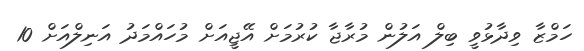
ހަމްޒާ ވިދާޅުވީ ބިލް އަލުން މުރާޖާ ކުރުމަށް އޭޖީއަށް މުހައްމަދު އަނިލްއަށް 10